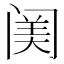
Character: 𨸈